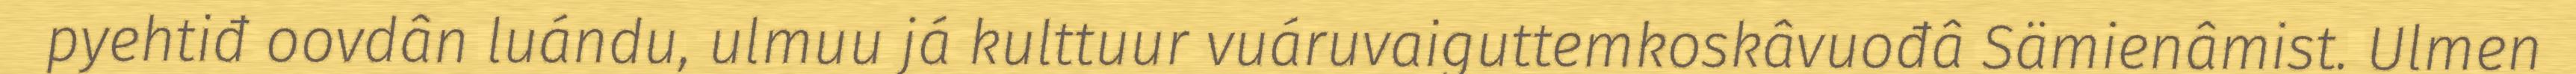
pyehtiđ oovdân luándu, ulmuu já kulttuur vuáruvaiguttemkoskâvuođâ Sämienâmist. Ulmen